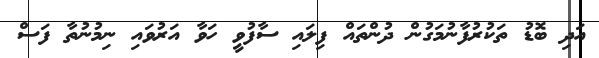
އަދި ބޮޑު ތަކުރުފާނުމަގުން ދުންތައް ފިލައި ސާފުވީ ހަވާ އަރުވައި ނިމުނުތާ ފަސް